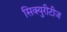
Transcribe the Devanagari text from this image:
सिक्युरीटीज